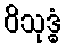
ဝိသုဒ္ဓံ